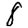
Digit: 8